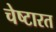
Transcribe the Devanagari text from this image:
चेष्टारत